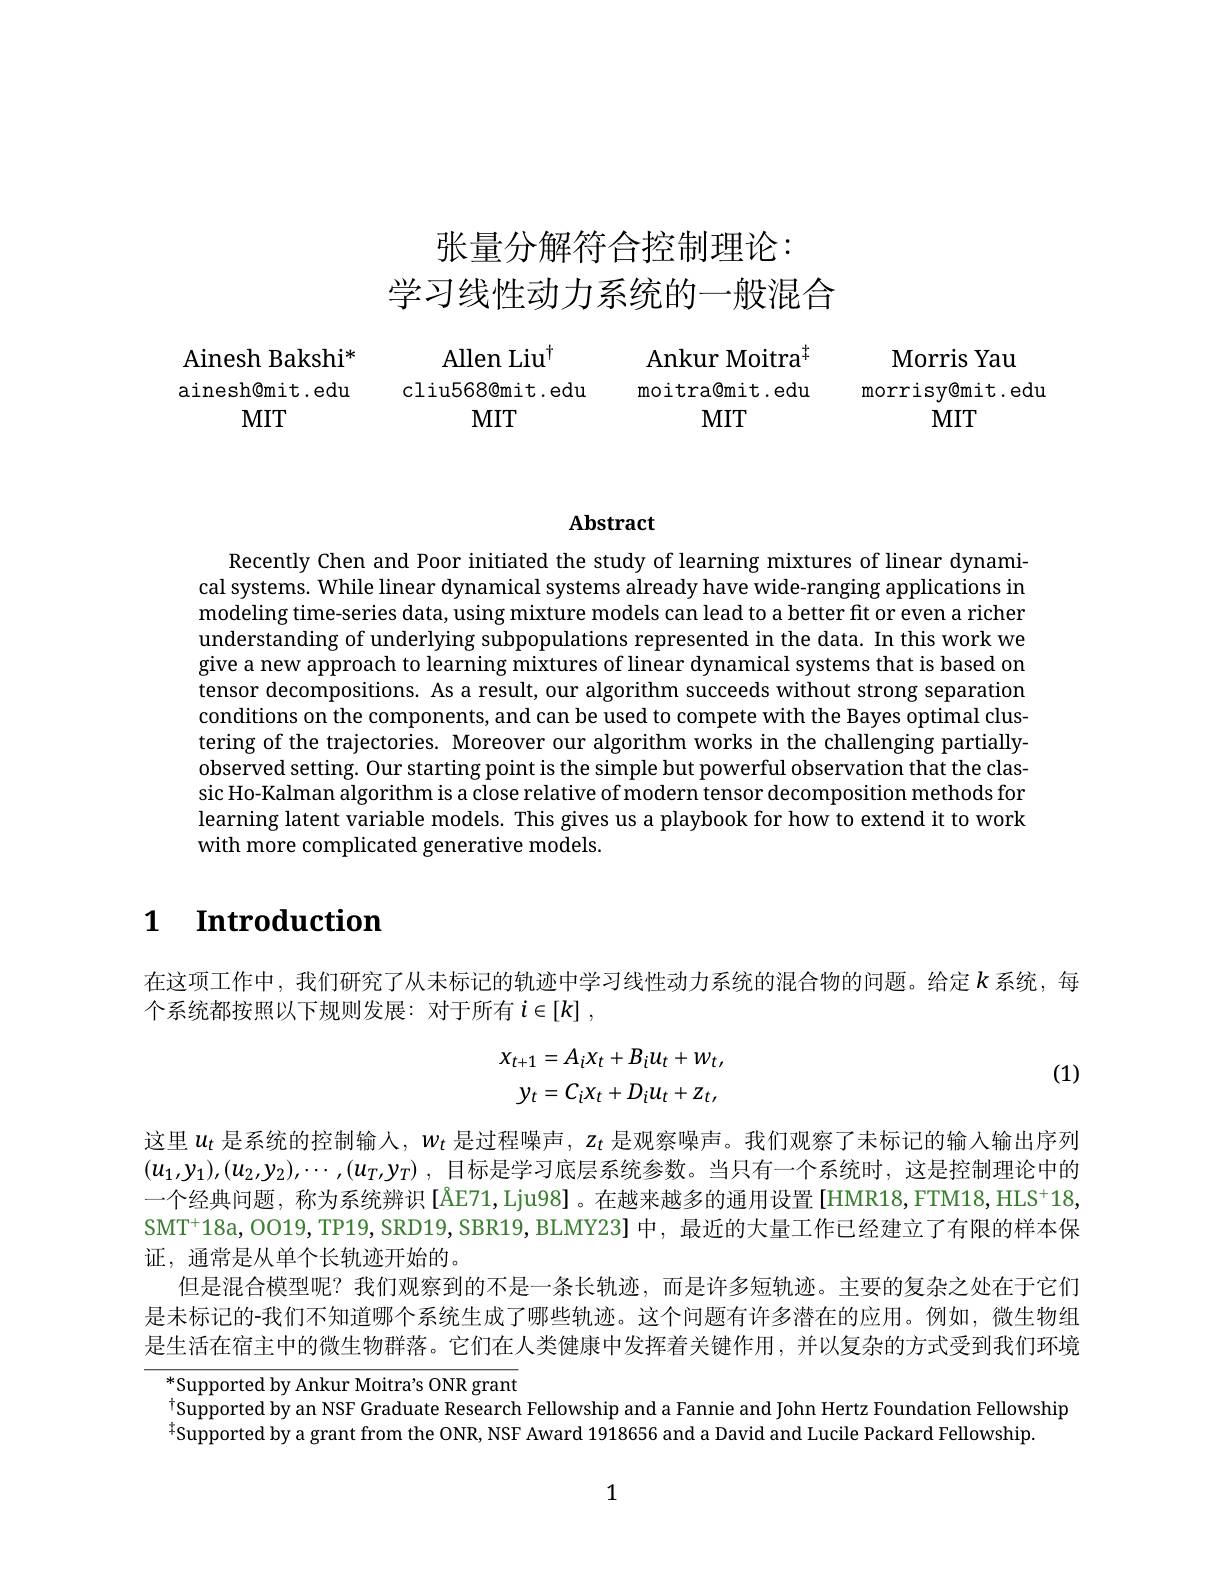
Ainesh Bakshi*
MIT

张量分解符合控制理论：
学习线性动力系统的一般混合

Allen Liu$^{\dagger}$ Ankur Moitra$^{\ddagger}$
ainesh@mit.edu cliu568@mit.edu moitra@mit.edu morrisy@mit.edu
MIT
MIT

Morris Yaulis $f$
MIT

### $\mathbf{Abstract}$

Recently Chen and Poor initiated the study of learning mixtures of linear dynamical systems. While linear dynamical systems already have wide-ranging applications in modeling time-series data, using mixture models can lead to a better fit or even a richer understanding of underlying subpopulations represented in the data. In this work we give a new approach to learning mixtures of linear dynamical systems that is based on tensor decompositions. As a result, our algorithm succeeds without strong separation conditions on the components, and can be used to compete with the Bayes optimal clustering of the trajectories. Moreover our algorithm works in the challenging partially observed setting. Our starting point is the simple but powerful observation that the clas sic Ho-Kalman algorithm is a close relative of modern tensor decomposition methods for learning latent variable models. This gives us a playbook for how to extend it to work with more complicated generative models

# $\textbf{1}$ $\textbf{Introduction}$

在这项工作中，我们研究了从未标记的轨迹中学习线性动力系统的混合物的问题。给定$k$ 系统，每
个系统都按照以下规则发展：对于所有$i\in [ k]$ ,

(1)
$$x_{t+1}=A_{i}x_{t}+B_{i}u_{t}+w_{t},\\y_{t}=C_{i}x_{t}+D_{i}u_{t}+z_{t},$$
这里$u_\mathrm{t}$是系统的控制输人，$w_\mathrm{t}$是过程噪声$,z_\mathrm{t}$是观察噪声。我们观察了未标记的输入输出序列$(u_1,y_1),(u_2,y_2),\cdots,(u_T,y_T)$ ,目标是学习底层系统参数。当只有一个系统时，这是控制理论中的一个经典问题，称为系统辨识[ÅE71,Lju98]。在越来越多的通用设置.[HMR18,FTM18,HLS+18 $SMT^+18a, OO19, TP19, SRD19, SBR19, BLMY23]中，最近的大量工作已经建立了有限的样本保$ 证，通常是从单个长轨迹开始的。
但是混合模型呢？我们观察到的不是一条长轨迹，而是许多短轨迹。主要的复杂之处在于它们是未标记的-我们不知道哪个系统生成了哪些轨迹。这个问题有许多潜在的应用。例如，微生物组是生活在宿主中的微生物群落。它们在人类健康中发挥着关键作用，并以复杂的方式受到我们环境

$^*$Supported by Ankur Moitra's ONR grant
$^{\mathrm{T}}$Supported by an NSF Graduate Research Fellowship and a Fannie and John Hertz Foundation Fellowship
$^{4}$Supported by a grant from the ONR, NSF Award 1918656 and a David and Lucile Packard Fellowship

1